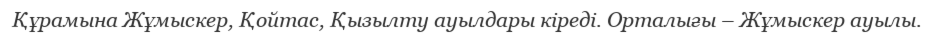
Құрамына Жұмыскер, Қойтас, Қызылту ауылдары кіреді. Орталығы – Жұмыскер ауылы.